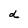
Character: d